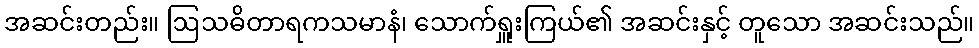
အဆင်းတည်း။ ဩသဓိတာရကသမာနံ၊ သောက်ရှူးကြယ်၏ အဆင်းနှင့် တူသော အဆင်းသည်။